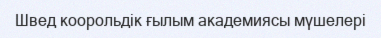
Швед коорольдік ғылым академиясы мүшелері